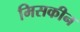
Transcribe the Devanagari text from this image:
मिसकीन